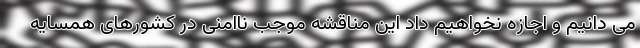
می دانیم و اجازه نخواهیم داد این مناقشه موجب ناامنی در کشورهای همسایه